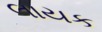
લાયક